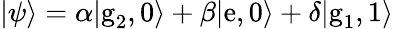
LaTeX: |\psi\rangle=\alpha|\textrm{g}_{2},0\rangle+\beta|\textrm{e},0\rangle+\delta|\textrm{g}_{1},1\rangle